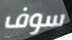
سوف